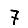
Digit: 7